Annual report on the mental hospital in the Central Provinces and Berar (Nagpur) - 1927-1951
Year: 1927
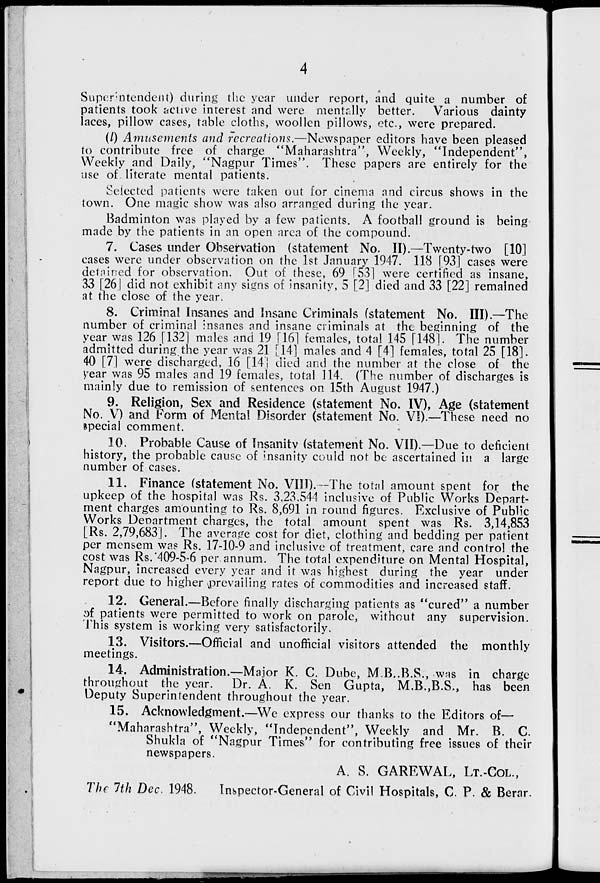
Superintendent) during the year under report, and quite a _ number of
patients took active interest and were mentally better. Various dainty
laces, pillow cases, table cloths, woollen pillows, etc., were prepared.
(/) Amusements and recreations.—Newspaper editors have been pleased
to contribute free of charge "Maharashtra", Weekly, "Independent",
Weekly and Daily, "Nagpur Times". These papers are entirely for the
use of literate mental patients.
Selected patients were taken out for cinema and circus shows in the
town. One magic show was also arranged during the year.
Badminton was played by a few patients. A football ground is being
made by the patients in an open area of the compound.
7. Cases under Observation (statement No- II).—Twenty-two [10]
cases were under observation on the 1st January 1947. 118 [93] cases were
detained for observation. Out of these, 69_ T53] were certified as insane,
33 [26] did not exhibit any signs of insanity, 5 [2] died and 33 [22] remained
at the close of the year.
8. Criminal Insanes and Insane Criminals (statement No. HI).—The
number of criminal insanes and insane criminals at the beginning of the
year was 126 [132] males and 19 [16] females, total 145 [1481. The number
admitted during the year was 21 [14] males and 4 [4] females, total 25 [18].
40 [7] were discharged, 16 [141 died and the number at the close of the
^ear was 95 males and 19 females, total 114. (The number of discharges is
mainly due to remission of sentences on 15th August 1947.)
9. Religion, Sex and Residence (statement No. IV), Age (statement
No. V) and Form of Mental Disorder (statement No. VI).—These need no
special comment.
10. Probable Cause of Insanitv (statement No. VII).—Due to deficient
history, the probable cause of insanity could not be ascertained in a large
number of cases.
11. Finance (statement No. VI3T). -The total amount spent for the
upkeep of the hospital was Rs. 3,23.544 inclusive of Public Works Depart-
ment charges amounting to Rs. 8,691 in round figures. Exclusive of Public
Works Denartment charges, the total amount spent was Rs. 3,14,853
[Rs. 2,79,683]. The average cost for diet, clothing and bedding per patient
per mensem was Rs. 17-10-9 and inclusive of treatment, care and control the
cost was Rs.'409-5-6 per. annum. The total expenditure on Mental Hospital,
Nagpur, increased every year and it was highest during the year under
report due to higher ^prevailing rates of commodities and increased staff.
12. General.—Before finally discharging patients as "cured" a number
pi patients were permitted to work on parole, without any supervision.
This system is working very satisfactorily.
13. Visitors.—Official and unofficial visitors attended the monthly
meetings.
14. Administration.—Major K. C. Dube, M B..B.S., was in charge
throughout the year.
Dr. A. K. Sen Gupta, M.B.,B.S., has been
Deputy Superintendent throughout the year.
15. Acknowledgment.—We express our thanks to the Editors of—
"Maharashtra", Weekly, "Independent", Weekly and Mr. B. C.
Shukla of "Nagpur Times" for contributing free issues of their
newspapers.
A. S. GARRWAL, LT.-COL.,
The 1th Dec. 1948.
Inspector-General of Civil Hospitals, C. P. & Berar.